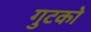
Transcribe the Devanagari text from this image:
गुटको